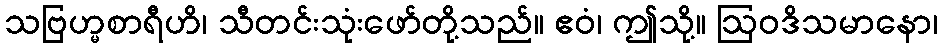
သဗြဟ္မစာရီဟိ၊ သီတင်းသုံးဖော်တို့သည်။ ဧဝံ၊ ဤသို့။ ဩဝဒိသမာနော၊